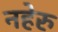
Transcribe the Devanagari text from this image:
नहेरु